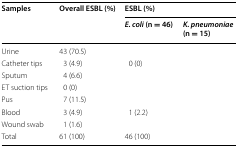
<table><thead><tr><td rowspan="2"><b>Samples</b></td><td rowspan="2"><b>Overall ESBL (%)</b></td><td colspan="2"><b>ESBL (%)</b></td></tr><tr><td><b><i>E. coli</i> (n = 46)</b></td><td><b><i>K. pneumoniae</i> (n = 15)</b></td></tr></thead><tbody><tr><td>Urine</td><td>43 (70.5)</td><td>[EMPTY_CELL]</td><td>[EMPTY_CELL]</td></tr><tr><td>Catheter tips</td><td>3 (4.9)</td><td>0 (0)</td><td>[EMPTY_CELL]</td></tr><tr><td>Sputum</td><td>4 (6.6)</td><td>[EMPTY_CELL]</td><td>[EMPTY_CELL]</td></tr><tr><td>ET suction tips</td><td>0 (0)</td><td>[EMPTY_CELL]</td><td>[EMPTY_CELL]</td></tr><tr><td>Pus</td><td>7 (11.5)</td><td>[EMPTY_CELL]</td><td>[EMPTY_CELL]</td></tr><tr><td>Blood</td><td>3 (4.9)</td><td>1 (2.2)</td><td>[EMPTY_CELL]</td></tr><tr><td>Wound swab</td><td>1 (1.6)</td><td>[EMPTY_CELL]</td><td>[EMPTY_CELL]</td></tr><tr><td>Total</td><td>61 (100)</td><td>46 (100)</td><td>[EMPTY_CELL]</td></tr></tbody></table>